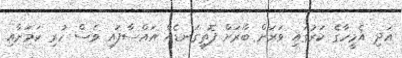
އަދި އެމީހާގެ ކަރުގައި ވަރަށް ބާރަށް ފޮތިގަނޑެއް އައްސާފައި ވެސް ހުރި ކަމަށާއި